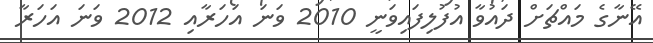
އޭނާގެ މައްޗަށް ދައުވާ އުފުލިފައިވަނީ 2010 ވަނަ އަހަރާއި 2012 ވަނަ އަހަރާ